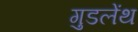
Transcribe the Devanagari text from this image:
गुडलेंथ